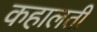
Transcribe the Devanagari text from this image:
कहालती